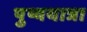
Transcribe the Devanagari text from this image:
पुष्ययात्रा